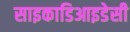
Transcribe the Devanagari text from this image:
साइकाडिआइडेसी